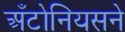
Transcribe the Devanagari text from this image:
अँटोनियसने